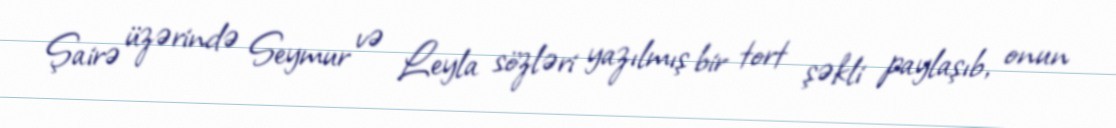
Şairə üzərində Seymur və Leyla sözləri yazılmış bir tort şəkli paylaşıb, onun